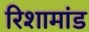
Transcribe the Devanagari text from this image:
रिशामांड